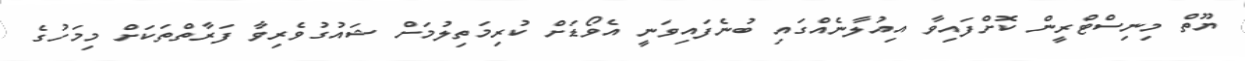
ޔޫތް މިނިސްޓްރީން ކޮށްފައިވާ އިއުލާނެއްގައި ބުނެފައިވަނީ އެވޯޑަށް ކުރިމަތިލުމަށް ޝައުގުވެރިވާ ފަރާތްތަކަށް މިމަހުގެ